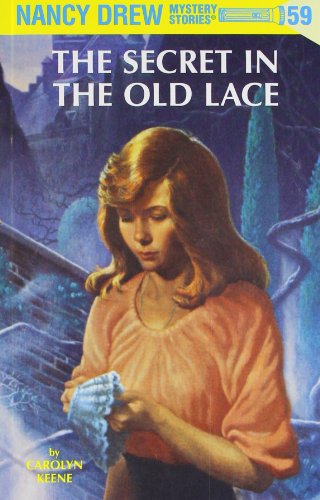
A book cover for The Secret in the Old Lace (Nancy Drew Mystery Stories, No. 59); Carolyn Keene; Crafts, Hobbies & Home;